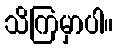
သိကြမှာပါ။